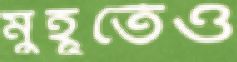
মুহূর্তেও